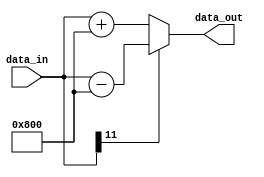
module twos_to_ADC_offset
#(
	parameter DATA_WIDTH = 12
)
(
	input [DATA_WIDTH - 1:0] data_in,
	output [DATA_WIDTH - 1:0] data_out
);

	reg [DATA_WIDTH - 1:0] data_register1 = 14'h00000000;
    
	always @(data_in)
	begin
		if(data_in[DATA_WIDTH - 1])
			data_register1 = data_in - 14'h00000800;
		else 
			data_register1 = data_in + 14'h00000800;
	end
	assign data_out = data_register1;
endmodule